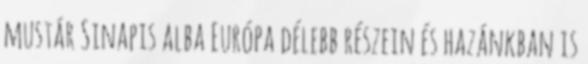
mustár Sinapis alba Európa délebb részein és hazánkban is